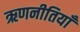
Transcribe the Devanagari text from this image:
ऋणनीतियाँ